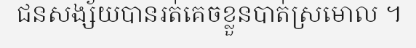
ជនសង្ស័យបានរត់គេចខ្លួនបាត់ស្រមោល ។